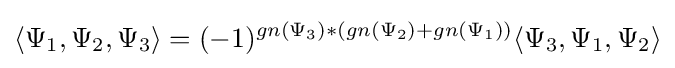
\langle \Psi _{1},\Psi _{2},\Psi _{3}\rangle =(-1)^{gn(\Psi _{3})*(gn(\Psi _{2})+gn(\Psi _{1}))}\langle \Psi _{3},\Psi _{1},\Psi _{2}\rangle